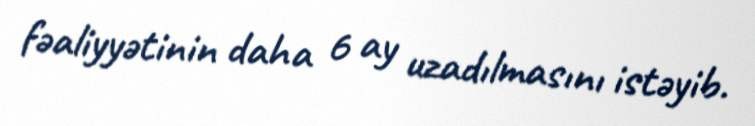
fəaliyyətinin daha 6 ay uzadılmasını istəyib.